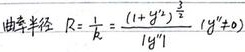
曲率半径 \(R = \frac{1}{k}=\frac{(1 + y'^{2})^{\frac{3}{2}}}{|y''|}\ (y''\neq0)\)